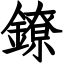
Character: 鐐